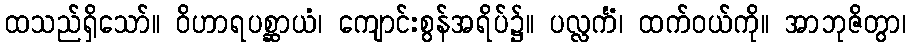
ထသည်ရှိသော်။ ဝိဟာရပစ္ဆာယံ၊ ကျောင်းစွန်အရိပ်၌။ ပလ္လင်္ကံ၊ ထက်ဝယ်ကို။ အာဘုဇိတွာ၊